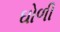
ઘોળી